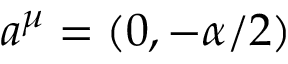
a ^ { \mu } = ( 0 , - \alpha / 2 )